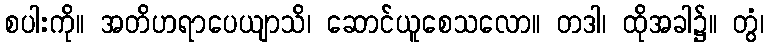
စပါးကို။ အတိဟရာပေယျာသိ၊ ဆောင်ယူစေသလော။ တဒါ၊ ထိုအခါ၌။ တွံ၊